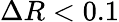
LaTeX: \Delta R<0.1